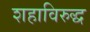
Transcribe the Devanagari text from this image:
शहाविरुद्ध